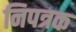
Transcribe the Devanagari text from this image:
निपत्रक